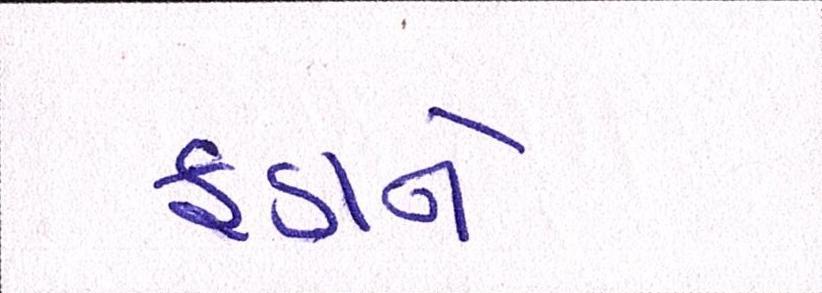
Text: ફાડાને